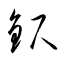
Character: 鈬